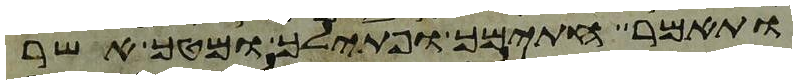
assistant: ותאמר חתימך ופתילך ומטך אשר